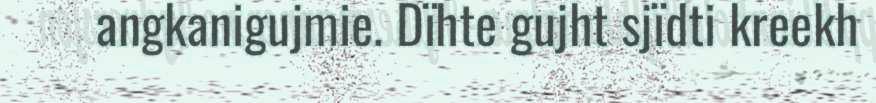
angkanigujmie. Dïhte gujht sjïdti kreekh